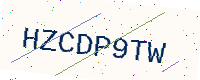
Text: HZCDP9TW